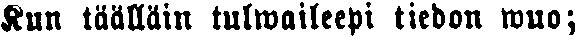
Kun täälläin tulwaileepi tiedon wuo;